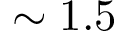
\sim 1 . 5